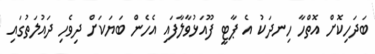
ބަދަހިކޮށް އޮތްހާ ހިނދަކު އެ ޕާޓީ ފޫއަޅުވާލާފައި އެހެން ބަޔަކަށް ދިވެހި ދައުލަތުގައި